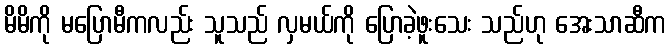
မိမိကို မပြောမီကလည်း သူသည် လှမယ်ကို ပြောခဲ့ဖူးသေး သည်ဟု အေးသာဆီက